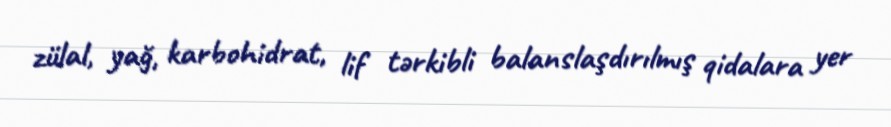
zülal, yağ, karbohidrat, lif tərkibli balanslaşdırılmış qidalara yer